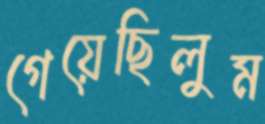
গেয়েছিলুম